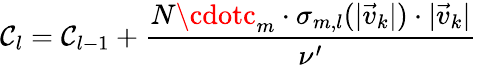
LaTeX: \mathcal{C}_{l}=\mathcal{C}_{l-1}+\frac{{N\cdotc_{m}\cdot\sigma_{m,l}(|\vec{{v}}_{k}|)\cdot|\vec{{v}}_{k}|}}{{\nu^{\prime}}}